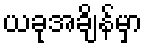
ယခုအချိန်မှာ